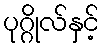
ပုဂ္ဂိုလ်နှင့်